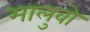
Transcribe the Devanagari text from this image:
मालुवो